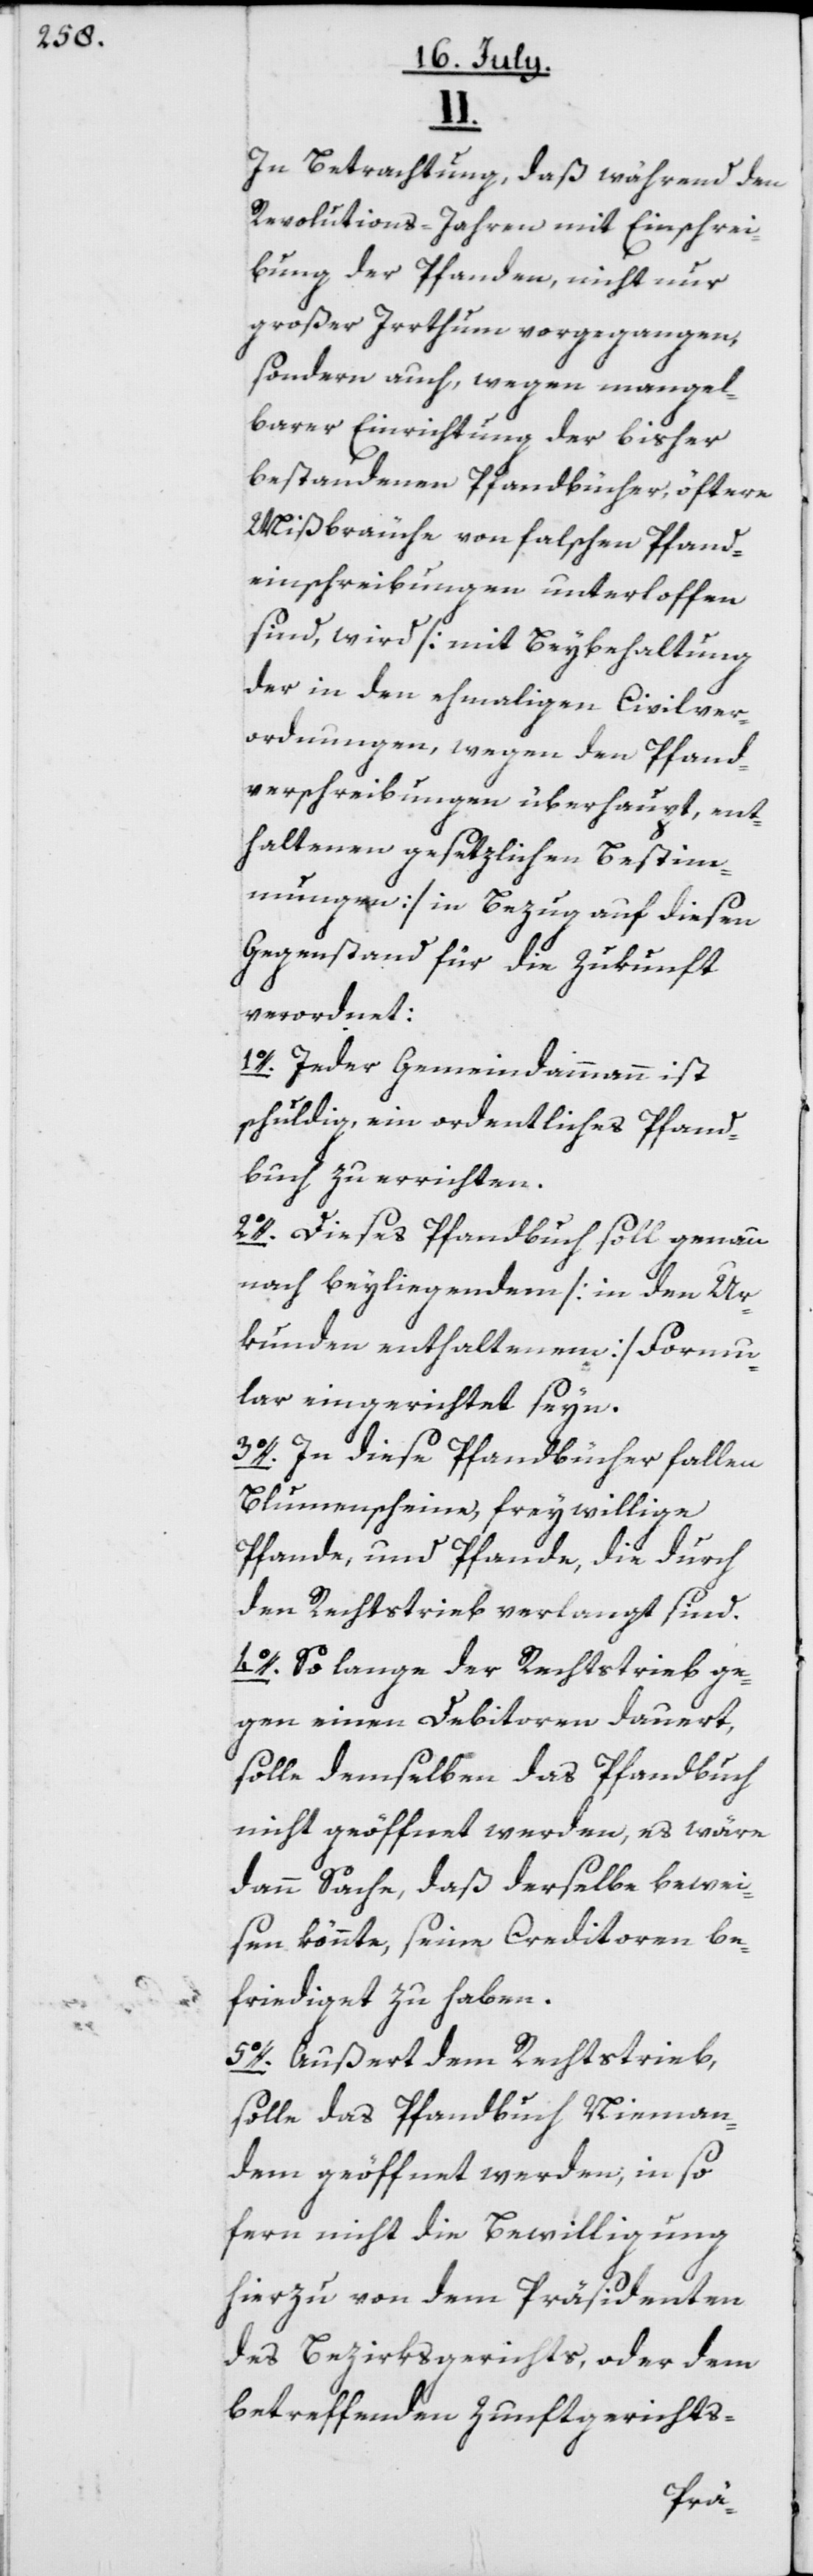
II.
In Betrachtung, daß während den
Revolutions-Jahren mit Einschrei¬
bung der Pfanden, nicht nur
großer Irrthum vorgegangen,
sondern auch, wegen mangel¬
barer Einrichtung der bisher
bestandenen Pfandbücher, öftere
Mißbräuche von falschen Pfand¬
einschreibungen unterloffen
sind, wird [mit Beybehaltung
der in den ehmaligen Civilver¬
ordnungen, wegen den Pfand¬
verschreibungen überhaupt, ent¬
haltenen gesetzlichen Bestim¬
mungen] in Bezug auf diesen
Gegenstand für die Zukunft
verordnet:
1o. Jeder Gemeindammann ist
schuldig, ein ordentliches Pfand¬
buch zu errichten.
2o. Dieses Pfandbuch soll genau
nach beyliegendem [in den Ur¬
kunden enthaltenem] Formu¬
lar eingerichtet seyn.
3o. In diese Pfandbücher fallen
Blumenscheine, freywillige
Pfande, und Pfande, die durch
den Rechtstrieb verlangt sind.
4o. So lange der Rechtstrieb ge¬
gen einen Debitoren dauert,
solle demselben das Pfandbuch
nicht geöffnet werden, es wäre
dann Sache, daß derselbe bewei¬
sen könnte, seine Creditoren be¬
friediget zu haben.
5o. Außert dem Rechtstrieb,
solle das Pfandbuch Nieman¬
dem geöffnet werden, in so
fern nicht die Bewilligung
hierzu von dem Präsidenten
des Bezirksgerichts, oder dem
betreffenden Zunftgerichts-